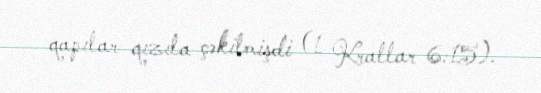
qapılar qızıla çəkilmişdi (1 Krallar 6:15).